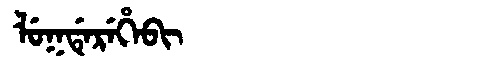
Manchu: ᠯᡠᡴᡩᡝᡵᡝᡥᡝᠪᡳ
Romanization: LUKDEREHEBI